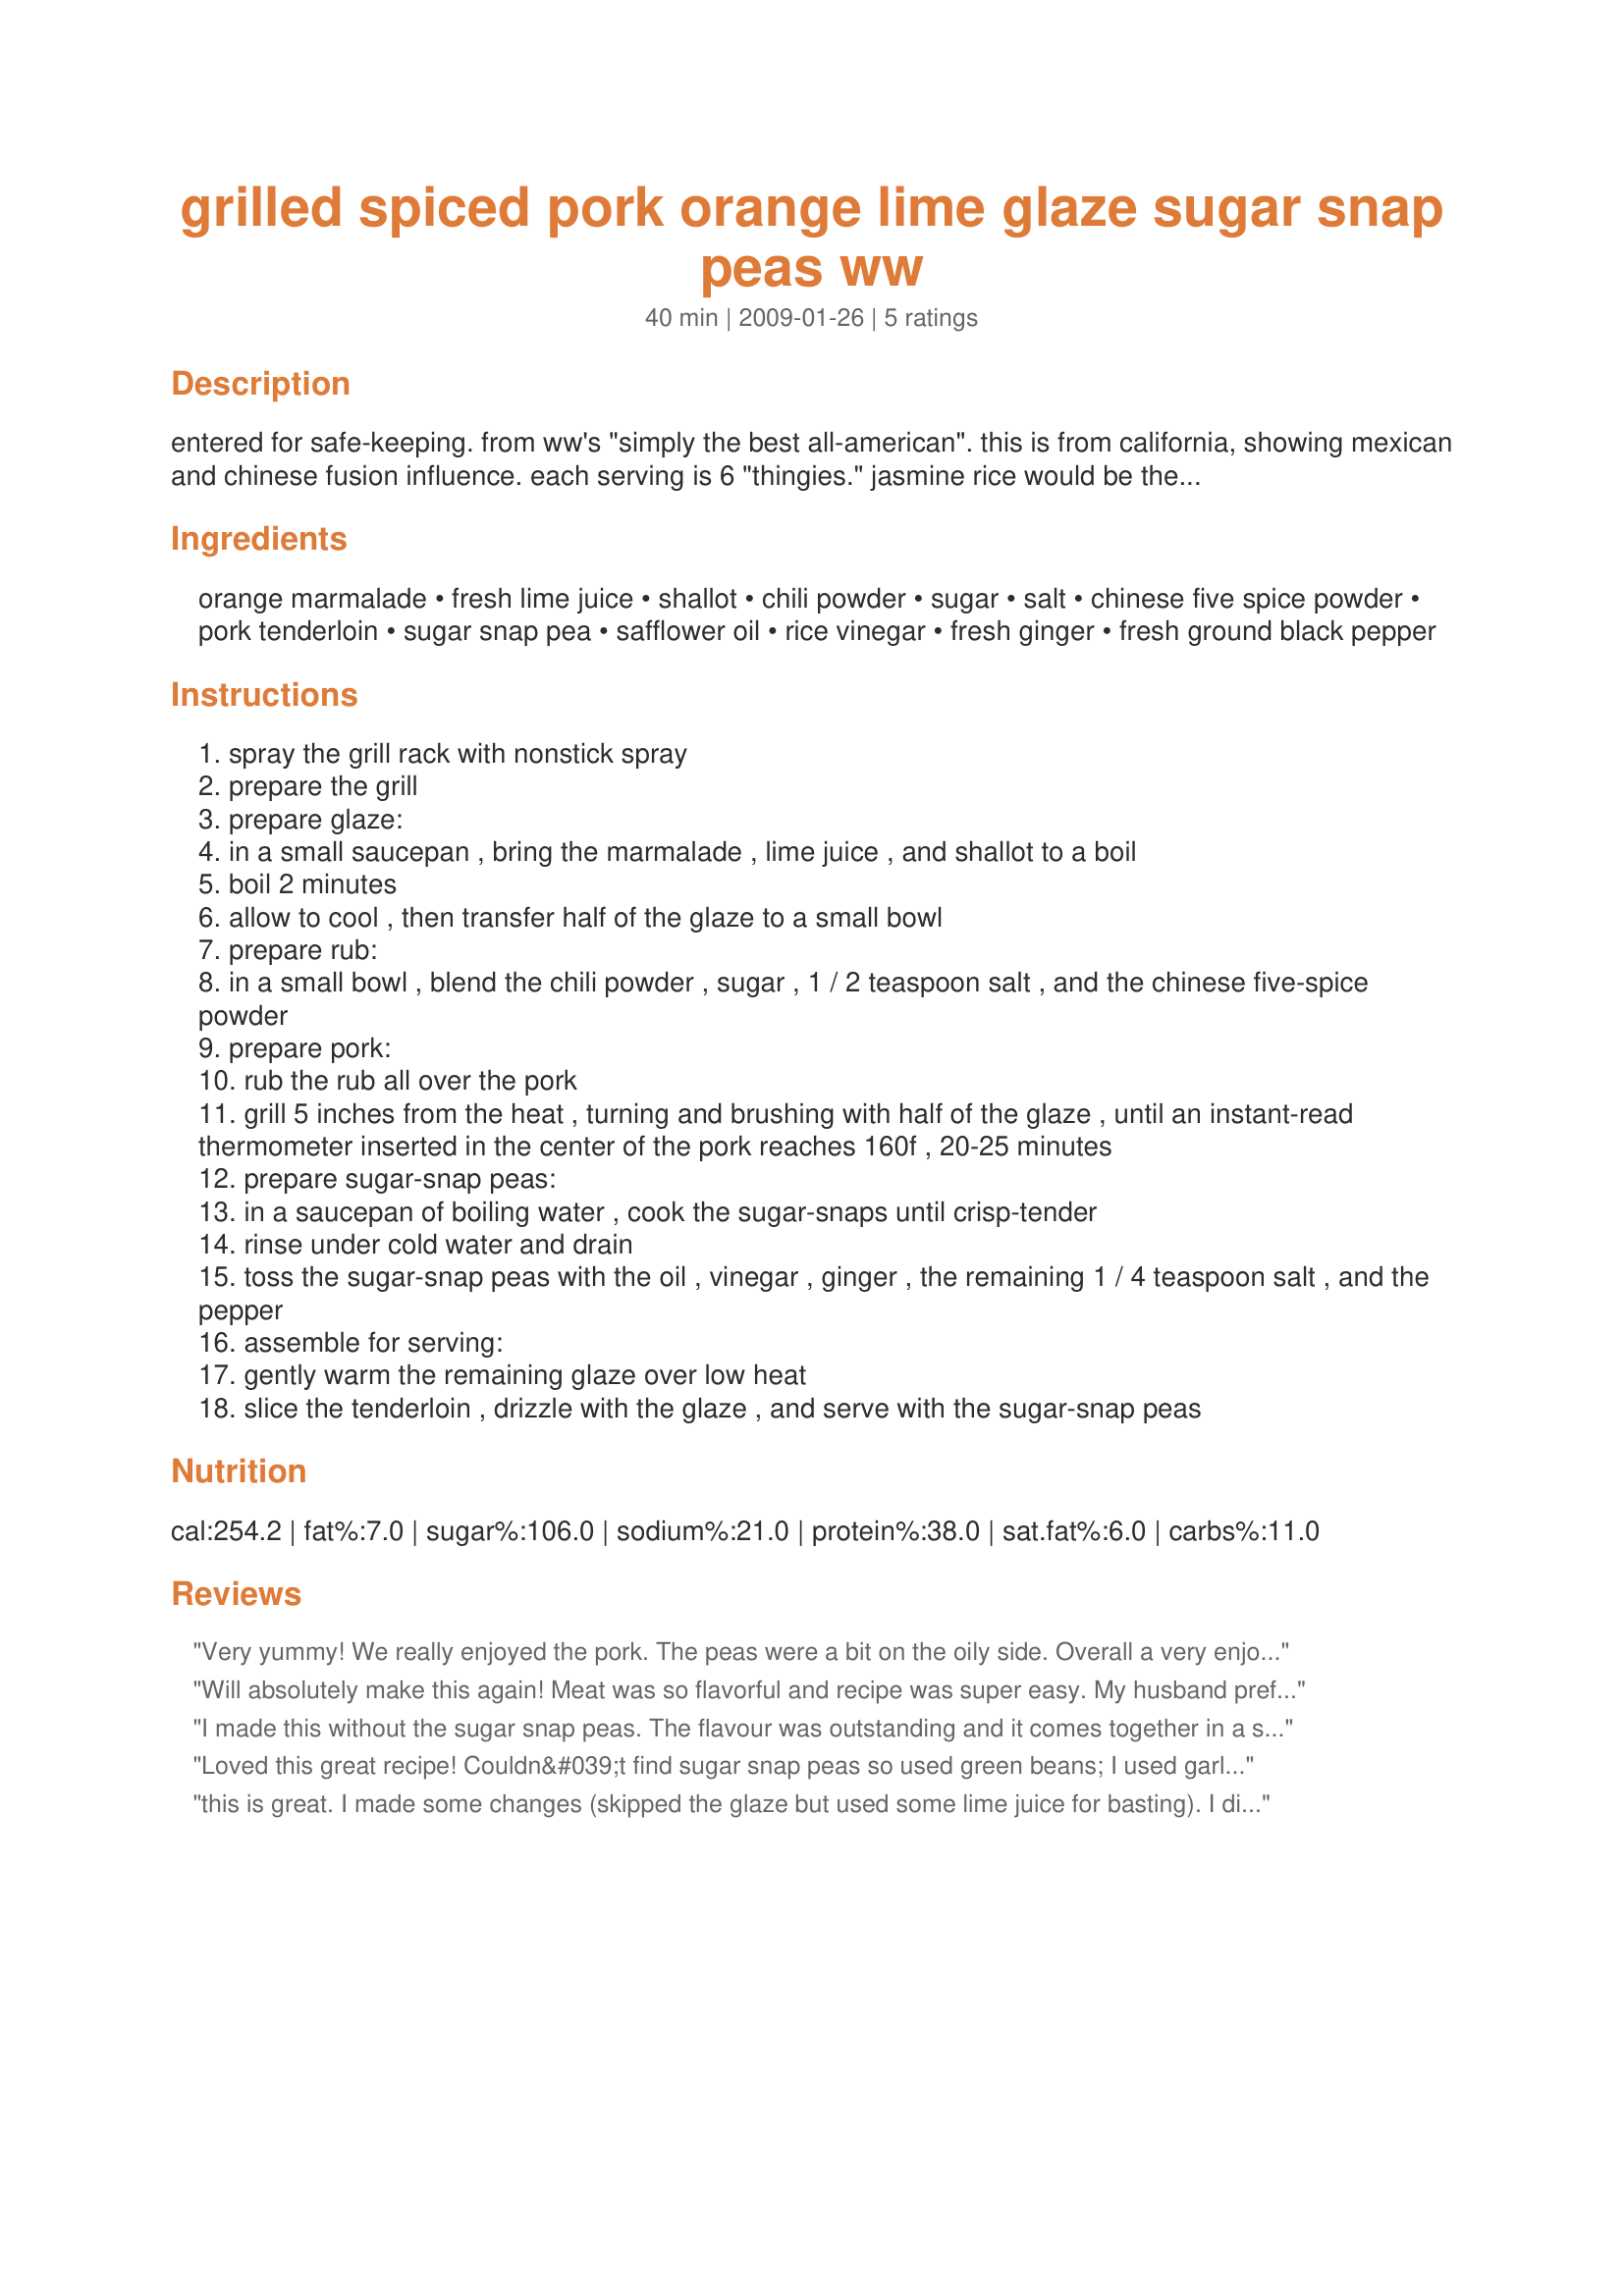
grilled spiced pork orange lime glaze sugar snap peas ww
Preparation time: 40 minutes

entered for safe-keeping. from ww's "simply the best all-american". this is from california, showing mexican and chinese fusion influence. each serving is 6 "thingies." jasmine rice would be the perfect accompaniment.

Ingredients:
orange marmalade, fresh lime juice, shallot, chili powder, sugar, salt, chinese five spice powder, pork tenderloin, sugar snap pea, safflower oil, rice vinegar, fresh ginger, fresh ground black pepper

Steps:
spray the grill rack with nonstick spray
prepare the grill
prepare glaze:
in a small saucepan , bring the marmalade , lime juice , and shallot to a boil
boil 2 minutes
allow to cool , then transfer half of the glaze to a small bowl
prepare rub:
in a small bowl , blend the chili powder , sugar , 1 / 2 teaspoon salt , and the chinese five-spice powder
prepare pork:
rub the rub all over the pork
grill 5 inches from the heat , turning and brushing with half of the glaze , until an instant-read thermometer inserted in the center of the pork reaches 160f , 20-25 minutes
prepare sugar-snap peas:
in a saucepan of boiling water , cook the sugar-snaps until crisp-tender
rinse under cold water and drain
toss the sugar-snap peas with the oil , vinegar , ginger , the remaining 1 / 4 teaspoon salt , and the pepper
assemble for serving:
gently warm the remaining glaze over low heat
slice the tenderloin , drizzle with the glaze , and serve with the sugar-snap peas

Reviews:
Very yummy! We really enjoyed the pork. The peas were a bit on the oily side. Overall a very enjoyable meal. I served it with rice pilaf. This is quick and easy to prepare (no marinading needed). It does have a kick to it. And we loved it. Made for potluck tag game. Thanks for posting. :)
Will absolutely make this again! Meat was so flavorful and recipe was super easy. My husband preferred the peas plain so I won't bother with the vinaigrette next time.
I made this without the sugar snap peas. The flavour was outstanding and it comes together in a snap, somehow the recipe seems more cumbersome looking at it, then when you are doing it. We will definitely be making this again.
Loved this great recipe! Couldn&#039;t find sugar snap peas so used green beans; I used garlic instead of shallots in the glaze as a personal preference. The rub and glaze worked perfectly together on the pork. The dressing on the beans was very nice as well. Thanks for sharing your recipe!
this is great. I made some changes (skipped the glaze but used some lime juice for basting). I didn't have any peas so grilled some zucchini which I added to some spinach, cherry tomatoes and the port - but made dressing as directed. Served as a salad - quick, easy and a great summer supper. Thanks for sharing!
